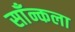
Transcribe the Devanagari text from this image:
साँन्कला